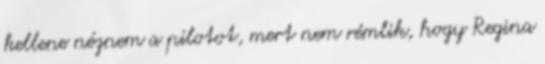
kellene néznem a pilotot, mert nem rémlik, hogy Regina